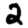
Digit: 2